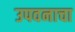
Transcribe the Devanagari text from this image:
उपवनाचा